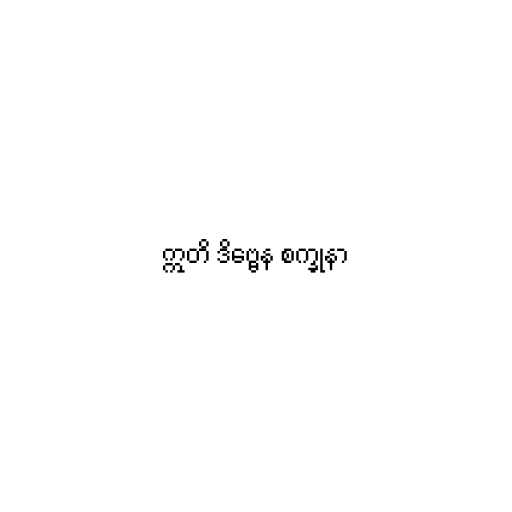
ဣတိ ဒိဗ္ဗေန စက္ခုနာ